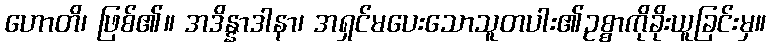
ဟောတိ၊ ဖြစ်၏။ အဒိန္နာဒါနာ၊ အရှင်မပေးသောသူတပါး၏ဥစ္စာကိုခိုးယူခြင်းမှ။